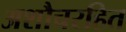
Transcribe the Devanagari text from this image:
अशौचरहित